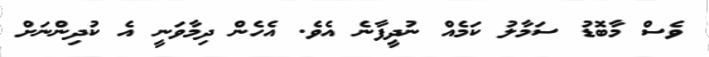
ވެސް މާބޮޑު ސަމާލު ކަމެއް ނުދީފާނެ އެވެ. އެހެން ދިމާވަނީ އެ ކުދިންނަށް